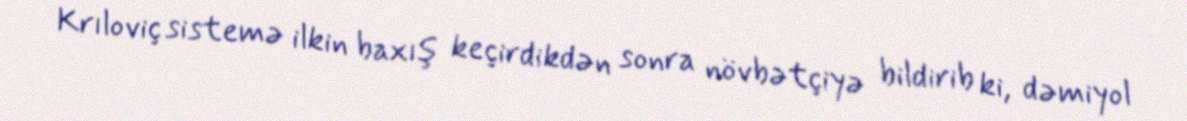
Krıloviç sistemə ilkin baxış keçirdikdən sonra növbətçiyə bildirib ki, dəmiyol